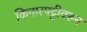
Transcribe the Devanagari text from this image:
किनारपट्टीवरून